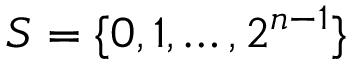
S = \{ 0 , 1 , \ldots , 2 ^ { n - 1 } \}